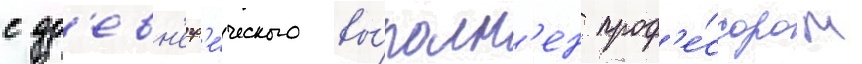
с др'евн'егр'е́ческого вы́полн'ен проф'е́ссором